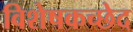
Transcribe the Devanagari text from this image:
विशेषकच्छेद